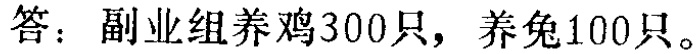
答：副业组养鸡300只，养兔100只。